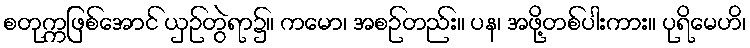
စတုက္ကဖြစ်အောင် ယှဉ်တွဲရာ၌။ ကမော၊ အစဉ်တည်း။ ပန၊ အဖို့တစ်ပါးကား။ ပုရိမေဟိ၊